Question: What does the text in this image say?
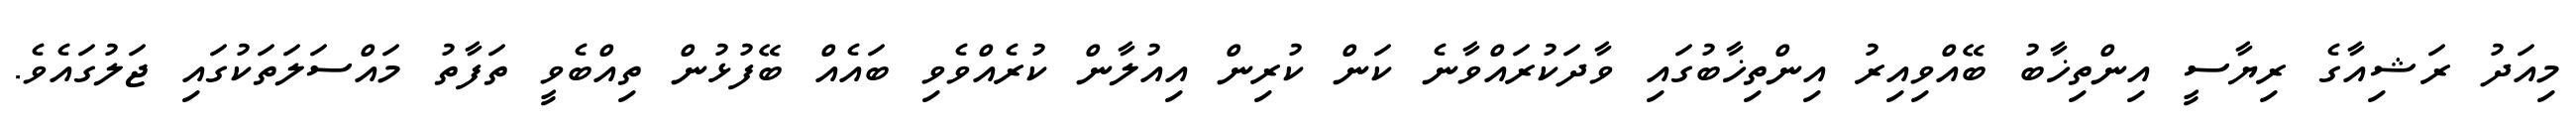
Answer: މިއަދު ރަޝިއާގެ ރިޔާސީ އިންތިޚާބު ބޭއްވިއިރު އިންތިޚާބުގައި ވާދަކުރައްވާނެ ކަން ކުރިން އިއުލާން ކުރެއްވެވި ބައެއް ބޭފުޅުން ތިއްބެވީ ތަފާތު މައްސަލަތަކުގައި ޖަލުގައެވެ.